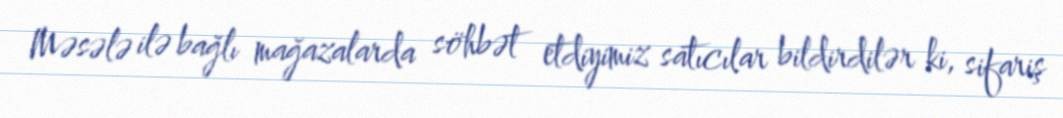
Məsələ ilə bağlı mağazalarda söhbət etdiyimiz satıcılar bildirdilər ki, sifariş